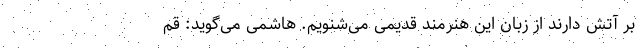
بر آتش دارند از زبان این هنرمند قدیمی می‌شنویم. هاشمی می‌گوید: قم